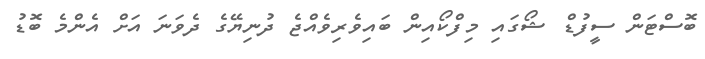
ބޮސްޓަން ސީފުޑް ޝޯގައި މިފްކޯއިން ބައިވެރިވެއްޖެ ދުނިޔޭގެ ދެވަނަ އަށް އެންމެ ބޮޑު